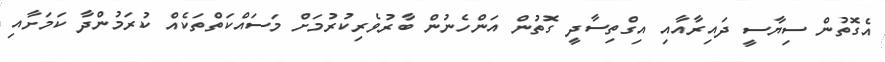
އެގޮތުން ސިޔާސީ ދައިރާއާއި އިގްތިސާދީ ގޮތުން އަންހެނުން ބާރުވެރިކުރުމަށް މަސައްކަތްތަކެއް ކުރަމުންދާ ކަމަށާއި